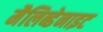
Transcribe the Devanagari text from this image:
मैलिब्डेनाइट